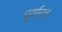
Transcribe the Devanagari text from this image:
पूर्वागत